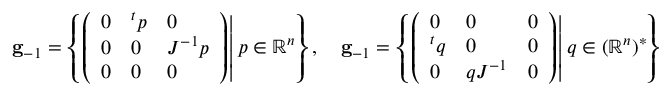
\mathbf { g } _ { - 1 } = \left\{ \left. { \left( \begin{array} { l l l } { 0 } & { ^ { t } p } & { 0 } \\ { 0 } & { 0 } & { J ^ { - 1 } p } \\ { 0 } & { 0 } & { 0 } \end{array} \right) } \right| p \in \mathbb { R } ^ { n } \right\} , \quad \mathbf { g } _ { - 1 } = \left\{ \left. { \left( \begin{array} { l l l } { 0 } & { 0 } & { 0 } \\ { ^ { t } q } & { 0 } & { 0 } \\ { 0 } & { q J ^ { - 1 } } & { 0 } \end{array} \right) } \right| q \in ( \mathbb { R } ^ { n } ) ^ { * } \right\}